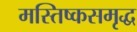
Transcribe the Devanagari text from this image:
मस्तिष्कसमृद्ध